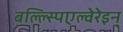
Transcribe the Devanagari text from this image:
बल्ल्स्पिएल्वेरेइन्